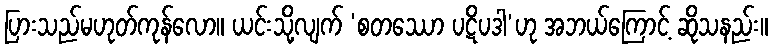
ပြားသည်မဟုတ်ကုန်လော။ ယင်းသို့လျက် ‘စတဿော ပဋိပဒါ’ဟု အဘယ်ကြောင့် ဆိုသနည်း။